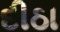
દીઠા